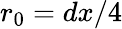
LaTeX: r_{0}=dx/4